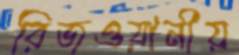
রিজওয়ানীয়